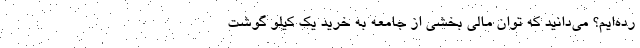
رده‌ایم؟ می‌دانید که توان مالی بخشی از جامعه به خرید یک کیلو گوشت